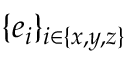
\{ \boldsymbol { e } _ { i } \} _ { i \in \{ x , y , z \} }